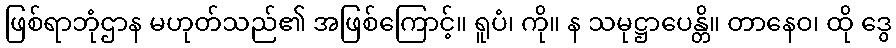
ဖြစ်ရာဘုံဌာန မဟုတ်သည်၏ အဖြစ်ကြောင့်။ ရူပံ၊ ကို။ န သမုဋ္ဌာပေန္တိ။ တာနေဝ၊ ထို ဒွေ